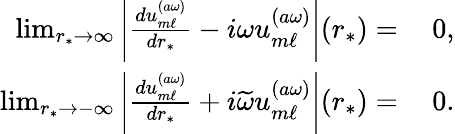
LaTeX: \begin{array}{rl}{\operatorname*{lim}_{r_{*}\to\infty}\left|\frac{du_{m\ell}^{(a\omega)}}{dr_{*}}-i\omega u_{m\ell}^{(a\omega)}\right|(r_{*})=}&{\: 0,}\\ {\operatorname*{lim}_{r_{*}\to-\infty}\left|\frac{du_{m\ell}^{(a\omega)}}{dr_{*}}+i\widetilde{\omega}u_{m\ell}^{(a\omega)}\right|(r_{*})=}&{\: 0.}\end{array}